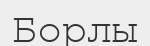
Борлы